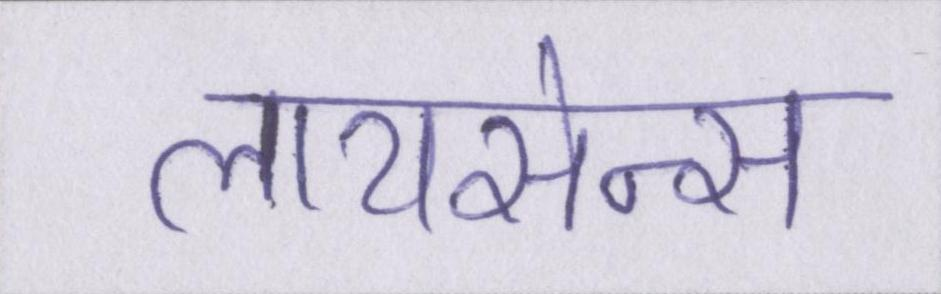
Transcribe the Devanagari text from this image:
लायसेन्स